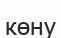
көну